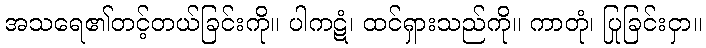
အသရေ၏တင့်တယ်ခြင်းကို။ ပါကဋံ၊ ထင်ရှားသည်ကို။ ကာတုံ၊ ပြုခြင်းငှာ။